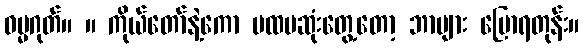
ဓမ္မဂုတ်။ ။ ကိုယ်တော်နဲ့ကော ပထမဆုံးတွေ့တော့ ဘာများ ပြောရတုန်း။